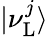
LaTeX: |\nu_{\mathrm{L}}^{j}\rangle